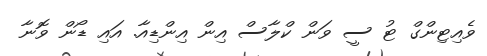
ވެއިޓިންގް ޓު ސީ ވަން ކްލާސް އިން އިންޑިއާ. އައި ޑޯން ވޮނާ